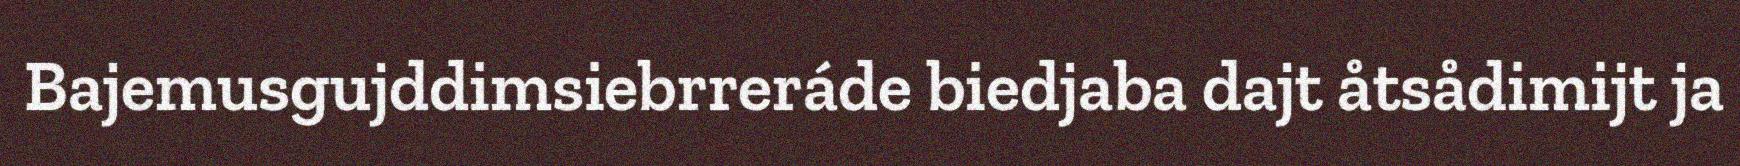
Bajemusgujddimsiebrreráde biedjaba dajt åtsådimijt ja